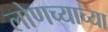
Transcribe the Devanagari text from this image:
लोणच्याच्या